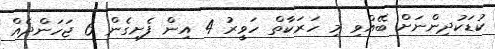
ކުޑަކުދިންނަށް ބޭއްވި މި ހަރަކާތް ހަވީރު 4 އިން ފެށިގެން 6 ޖަހަންދެއް